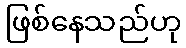
ဖြစ်နေသည်ဟု